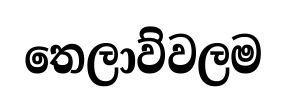
තෙලාව්වලම